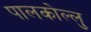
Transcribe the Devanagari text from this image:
पालकोल्लु